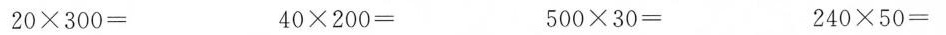
$$2 0 \times 3 0 0 =$$ $$4 0 \times 2 0 0 =$$ $$5 0 0 \times 3 0 =$$ $$2 4 0 \times 5 0 =$$